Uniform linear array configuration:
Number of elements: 8
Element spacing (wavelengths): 0.25
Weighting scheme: hamming
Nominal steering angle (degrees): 60
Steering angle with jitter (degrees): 60.594
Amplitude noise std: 0.05
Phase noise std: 0.05

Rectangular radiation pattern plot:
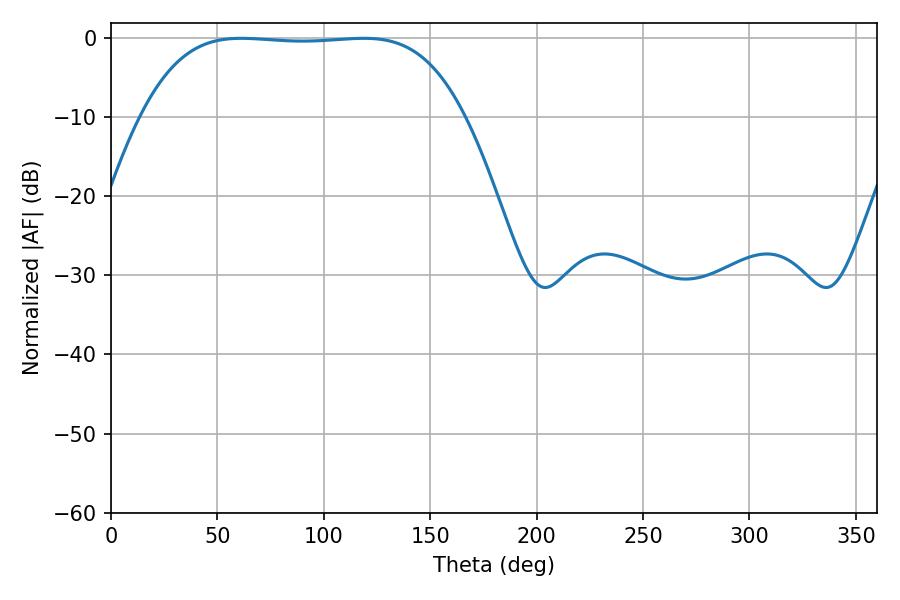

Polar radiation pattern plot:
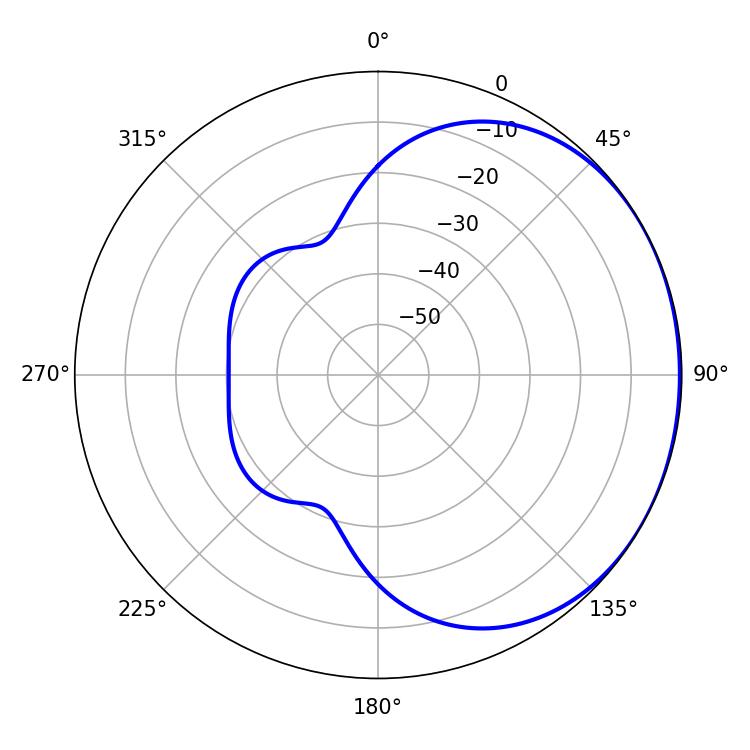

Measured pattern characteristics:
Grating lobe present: FALSE
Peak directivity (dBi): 0.8808
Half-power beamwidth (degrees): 117.36
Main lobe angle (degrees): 61.2